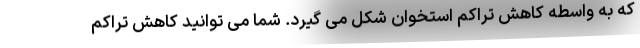
که به واسطه کاهش تراکم استخوان شکل می گیرد. شما می توانید کاهش تراکم